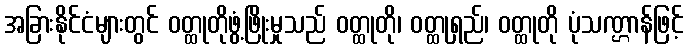
အခြားနိုင်ငံများတွင် ဝတ္ထုတိုဖွံ့ဖြိုးမှုသည် ဝတ္ထုတို၊ ဝတ္ထုရှည်၊ ဝတ္ထုတို ပုံသဏ္ဌာန်ဖြင့်